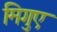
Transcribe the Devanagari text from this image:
मिगुए